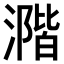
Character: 𣾂